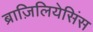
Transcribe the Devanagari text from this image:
ब्राज़िलियेसिंस